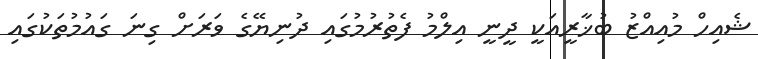
ޝެއިހް މުއިއްޒު ބުޚާރީއަކީ ދީނީ އިލްމު ފެތުރުމުގައި ދުނިޔޭގެ ވަރަށް ގިނަ ގައުމުތަކުގައި